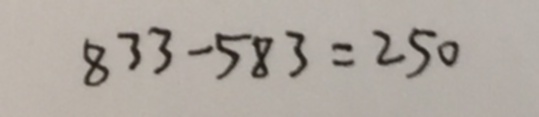
8 3 3 - 5 8 3 = 2 5 0